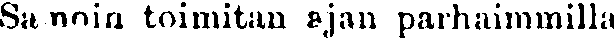
Sa noin toimitan ajan parhaimmilla